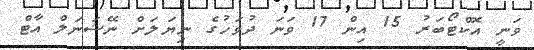
ވަނީ އޮކްޓޯބަރު 15 އިން 17 ވަނަ ދުވަހުގެ ނިޔަލަށް ނޭޝަނަލް އާޓް